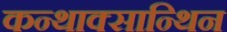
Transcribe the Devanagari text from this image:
कन्थाक्सान्थिन